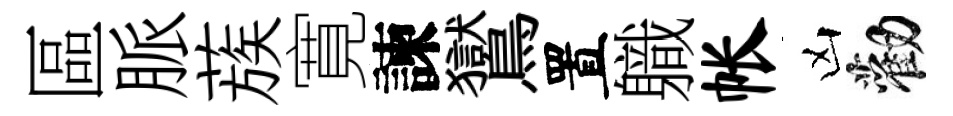
區脈蔟寛諫鸑置軄帐凶勸